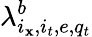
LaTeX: \lambda_{i_{\mathbf{x}},i_{t},e,q_{t}}^{b}